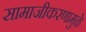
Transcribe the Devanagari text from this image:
सामाजीकरणामुळे